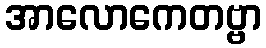
အာလောကေတဗ္ဗာ